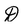
Character: D